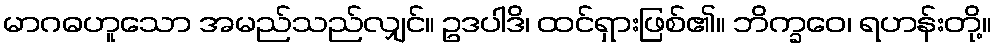
မာဂဓဟူသော အမည်သည်လျှင်။ ဥဒပါဒိ၊ ထင်ရှားဖြစ်၏။ ဘိက္ခဝေ၊ ရဟန်းတို့။